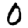
Digit: 0